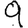
Digit: 9